DOW-UAP-D12, Mission Report, Iraq, May 2022
Agency: Department of War
Incident date: 5/20/22
Incident location: Iraq
Page 5
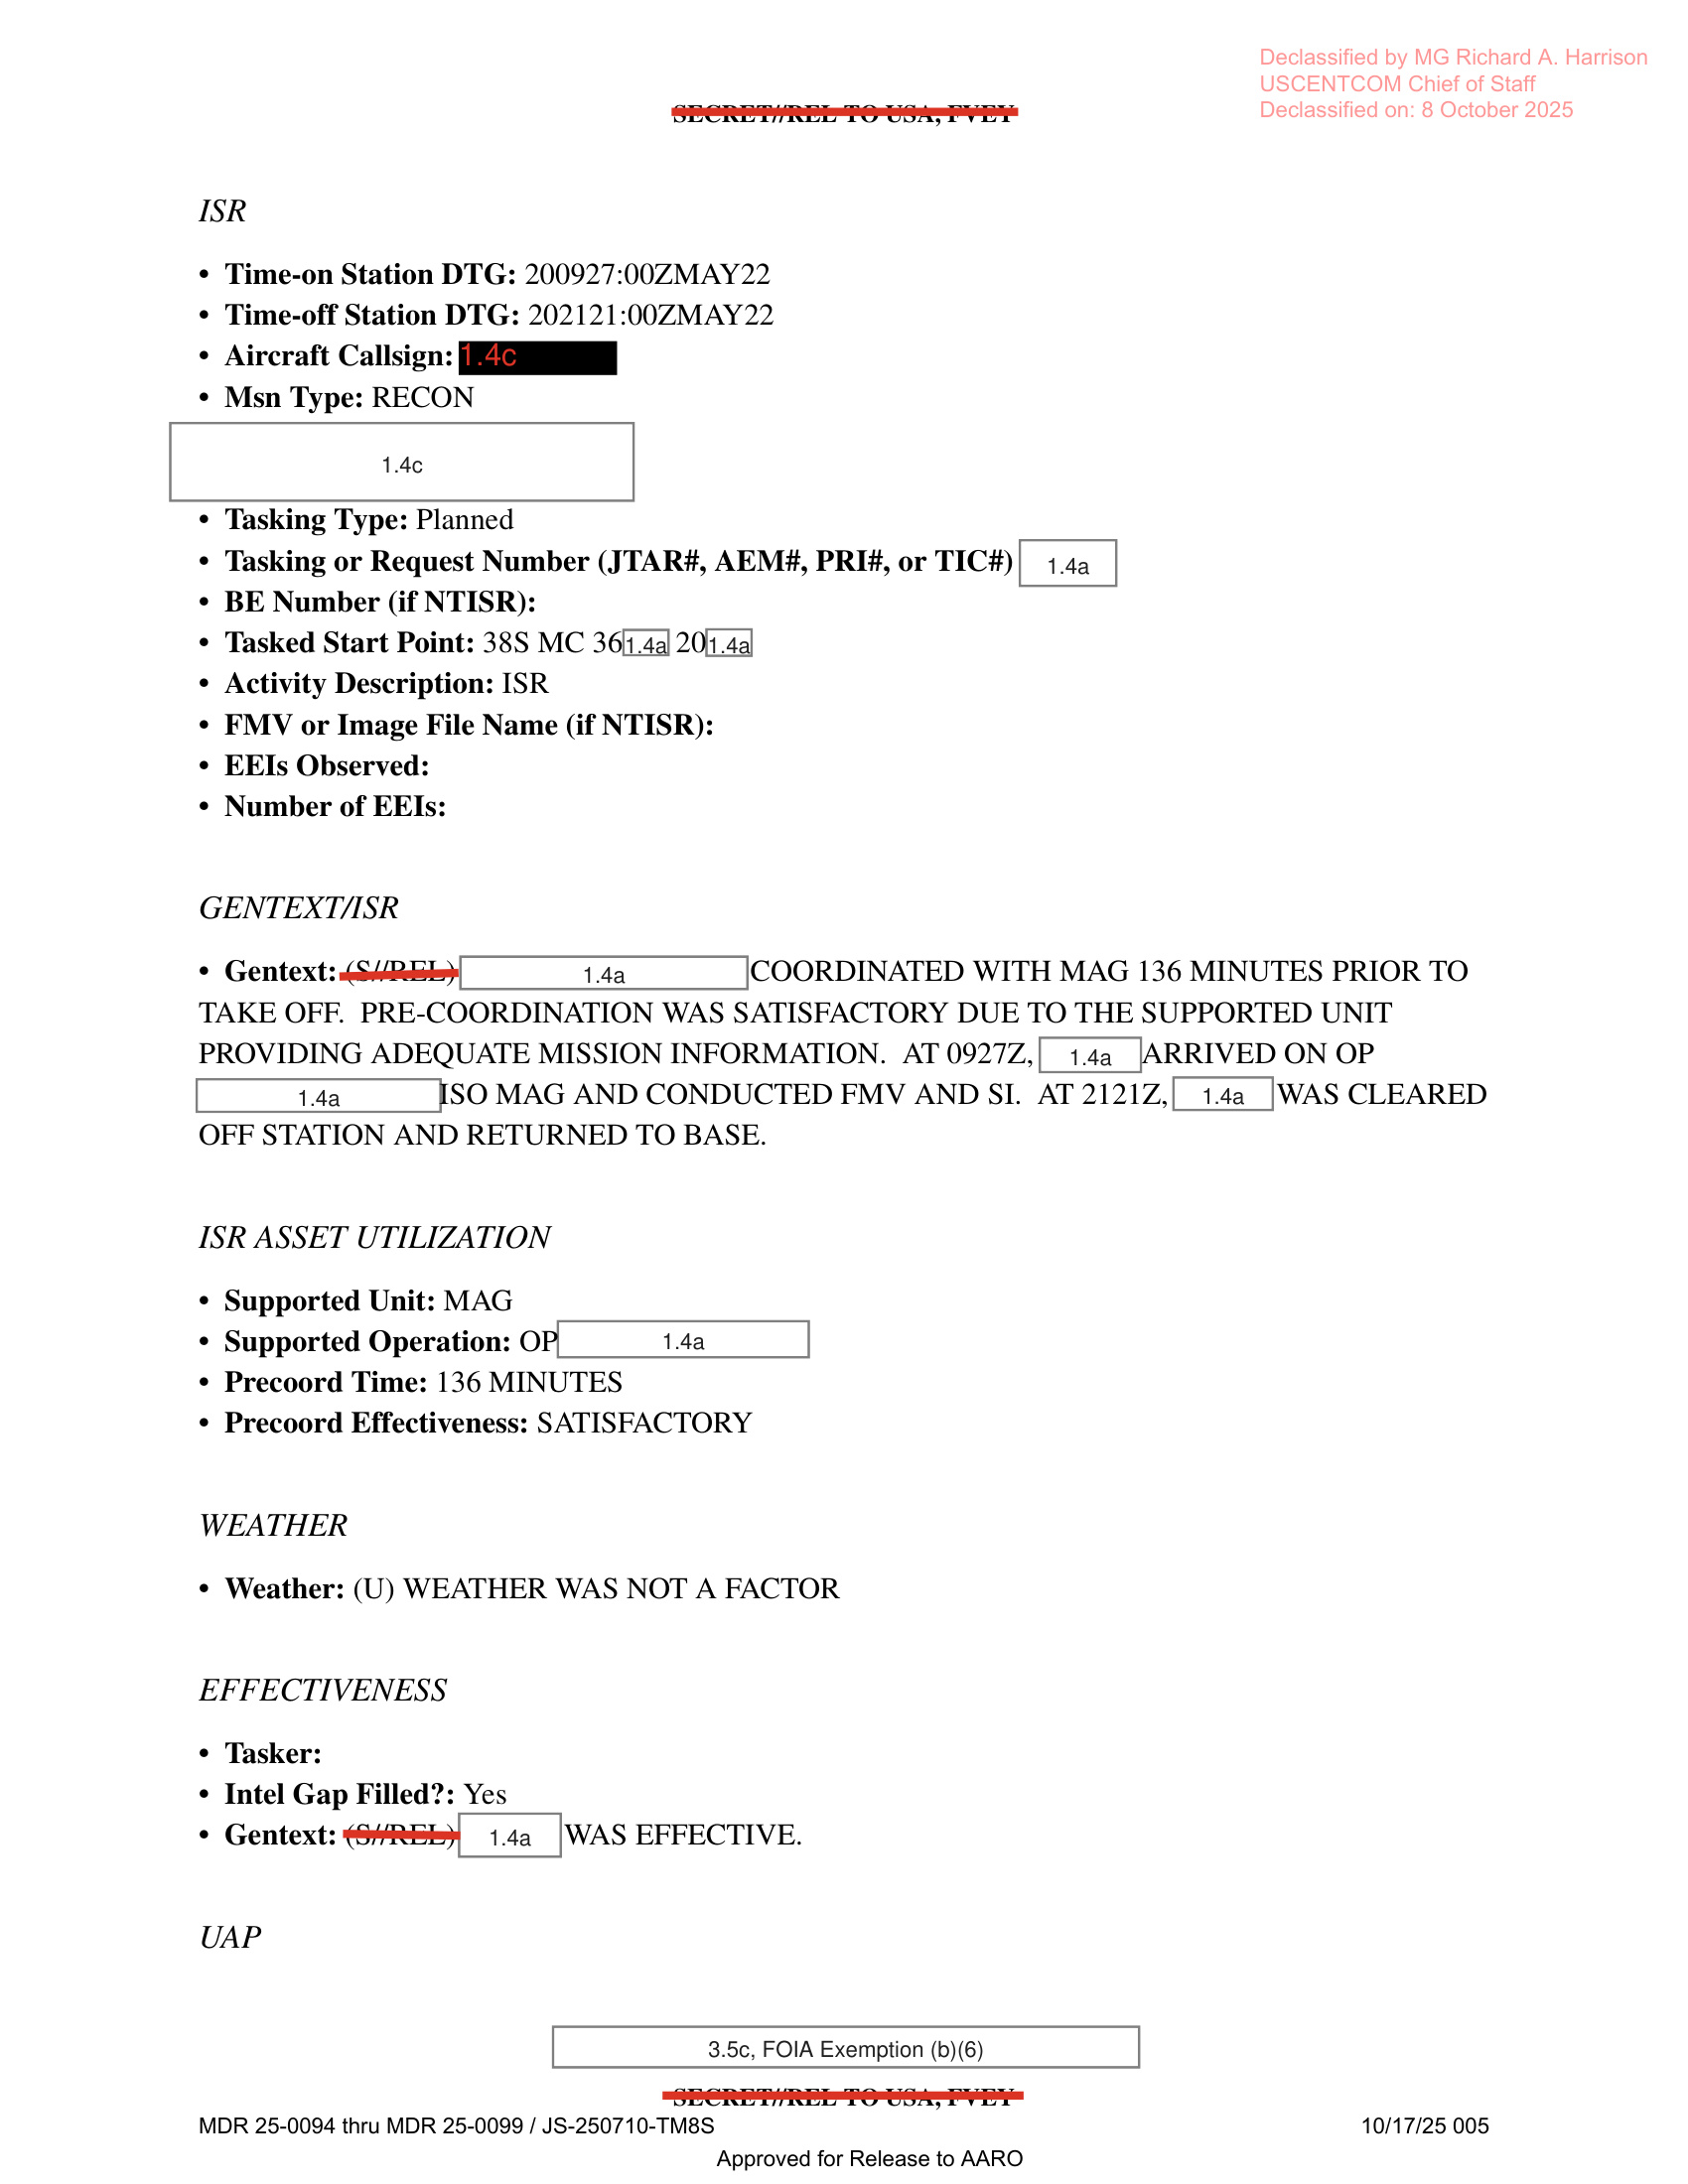